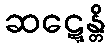
ဆဋ္ဋေန္တိ